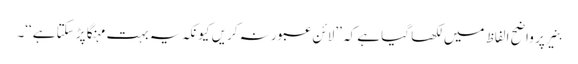
بنیر پر واضح الفاظ میں لکھا گیا ہے کہ ’’لائن عبور نہ کریں کیونکہ یہ بہت مہنگا پڑ سکتا ہے‘‘۔